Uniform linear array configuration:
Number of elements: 16
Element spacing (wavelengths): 1
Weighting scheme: binomial
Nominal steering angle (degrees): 30
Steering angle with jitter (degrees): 31.355
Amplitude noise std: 0.05
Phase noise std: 0.05

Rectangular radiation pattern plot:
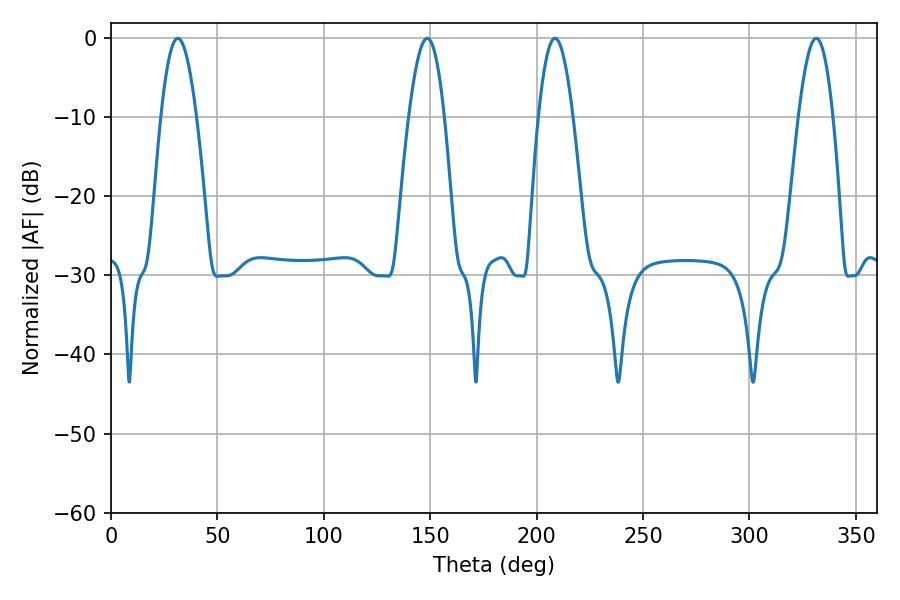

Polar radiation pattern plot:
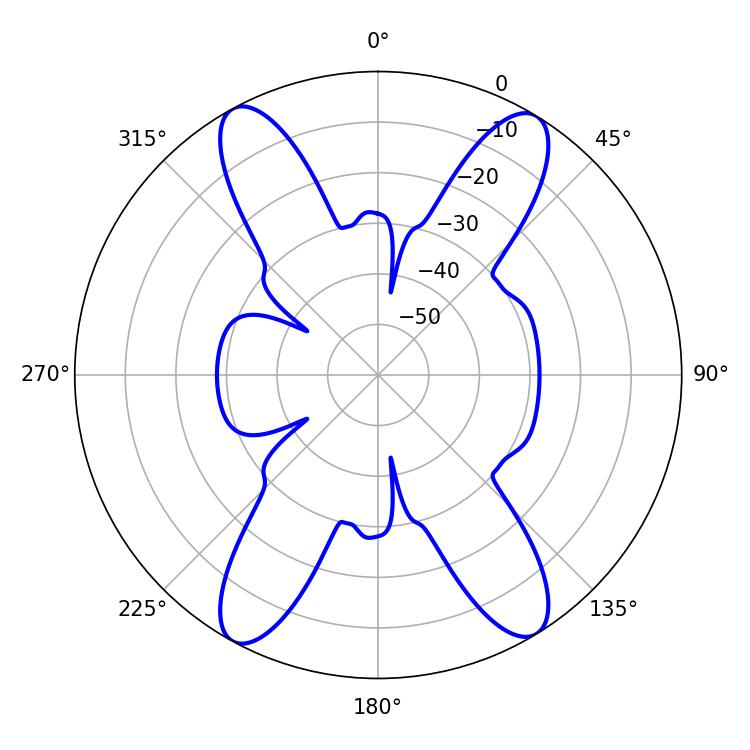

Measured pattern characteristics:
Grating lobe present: TRUE
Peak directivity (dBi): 20.072
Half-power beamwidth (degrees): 8.82
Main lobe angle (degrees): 208.62